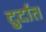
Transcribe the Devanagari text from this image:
दुर्दात